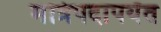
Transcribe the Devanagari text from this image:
मंत्रिपदापर्यंत